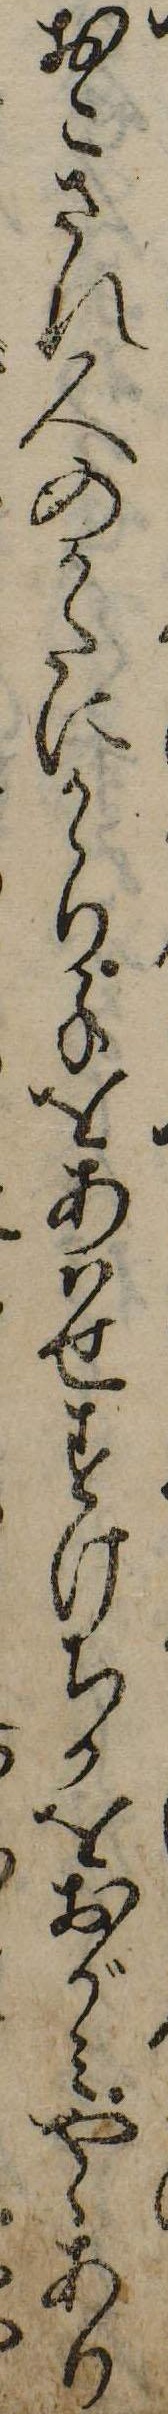
おこされ人のかたにかゝり手をあはせすけちかをおがみやゝあり